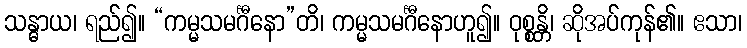
သန္ဓာယ၊ ရည်၍။ “ကမ္မသမင်္ဂီနော”တိ၊ ကမ္မသမင်္ဂီနောဟူ၍။ ဝုစ္စန္တိ၊ ဆိုအပ်ကုန်၏။ ဧသာ၊